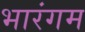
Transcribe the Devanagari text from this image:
भारंगम